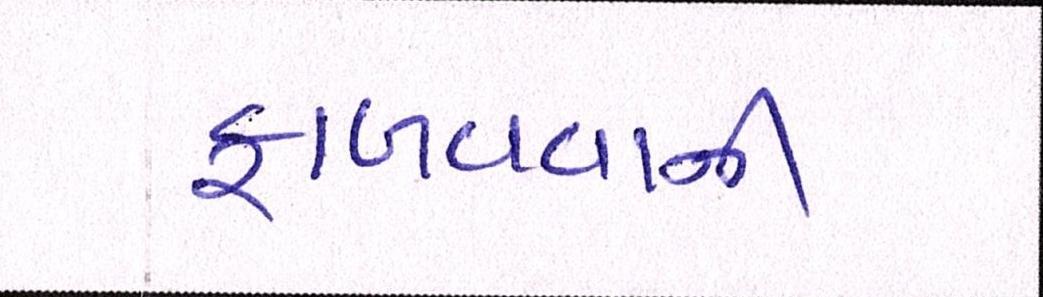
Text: ફાળવવાની